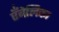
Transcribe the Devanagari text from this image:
एँबेलिका